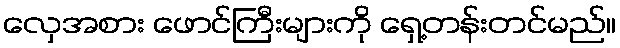
လှေအစား ဖောင်ကြီးများကို ရှေ့တန်းတင်မည်။